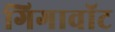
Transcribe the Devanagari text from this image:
गिगावॉट